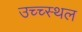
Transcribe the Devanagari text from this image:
उच्च्स्थल